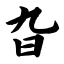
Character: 旮